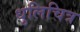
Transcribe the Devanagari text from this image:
धुलिचित्र